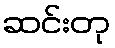
ဆင်းတု